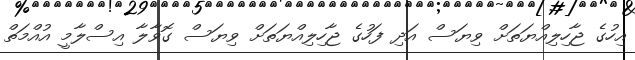
އިހުގެ ޖާހިލިއްޔަތަށް ވިޔަސް އަދި ފަހުގެ ޖާހިލިއްޔަތަށް ވިޔަސް ގޮވާލާ އިސްލާމީ އުއްމަތް